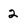
Character: 2